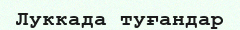
Луккада туғандар